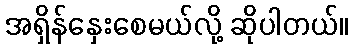
အရှိန်နှေးစေမယ်လို့ ဆိုပါတယ်။